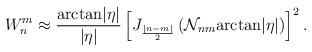
LaTeX: \begin{align*}W_n^m\approx\frac {\mbox{arctan}|\eta |}{|\eta |}\left[J_{\frac {|n-m|}2}\left({\cal N}_{nm}\mbox{arctan}|\eta |\right)\right]^2.\end{align*}